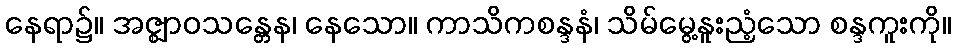
နေရာ၌။ အဇ္ဈာဝသန္တေန၊ နေသော။ ကာသိကစန္ဒနံ၊ သိမ်မွေ့နူးညံ့သော စန္ဒကူးကို။